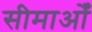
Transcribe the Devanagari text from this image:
सीमाओँ